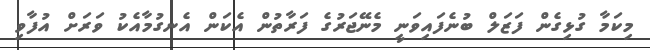
މިކަމާ ގުޅިގެން ފަޒަލް ބުނެފައިވަނީ މެނޭޖަރުގެ ފަރާތުން އެކަން އެނގުމާއެކު ވަރަށް އުފާވި